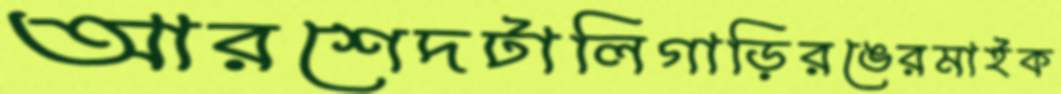
আরশেদটালিগাড়িরঙেরমাইক